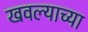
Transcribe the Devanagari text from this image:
खवल्याच्या